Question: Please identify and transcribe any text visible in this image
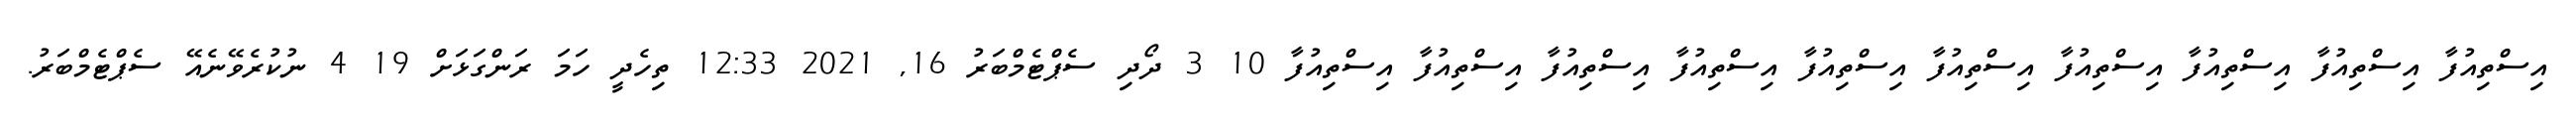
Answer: އިސްތިއުފާ އިސްތިއުފާ އިސްތިއުފާ އިސްތިއުފާ އިސްތިއުފާ އިސްތިއުފާ އިސްތިއުފާ އިސްތިއުފާ އިސްތިއުފާ އިސްތިއުފާ 10 3 ދޯދި ސެޕްޓެމްބަރު 16, 2021 12:33 ތިހެދީ ހަމަ ރަންގަޅަށް 19 4 ނުކުރެވޭނެއޭ ސެޕްޓެމްބަރު.